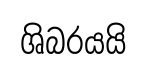
ශිබරයයි